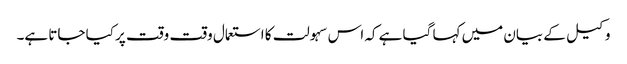
وکیل کے بیان میں کہا گیا ہے کہ اس سہولت کا استعمال وقت وقت پر کیا جاتا ہے۔